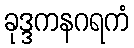
ခုဒ္ဒကနဂရကံ